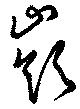
嶺